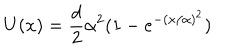
LaTeX: U ( x ) = { \frac { d } { 2 } } \alpha ^ { 2 } ( 1 - e ^ { - ( x / \alpha ) ^ { 2 } } )